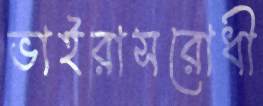
ভাইরাসরোধী